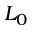
L _ { 0 }